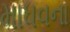
માધવના